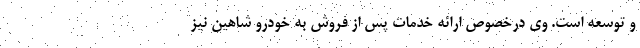
و توسعه است. وی درخصوص ارائه خدمات پس ‌از فروش به خودرو شاهین نیز